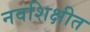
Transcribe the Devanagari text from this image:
नवशिक्षीत